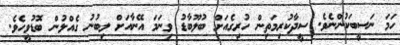
ހަމަ ނަސީބަކުންނެވެ. ސީދާކުރިމަތިން ހުރިގެއަށް ބުލޫބާޑު ވިނަމަ އޭނާއަށް ލިބުނު ގެއްލުން ބޮޑުވީހެވެ.